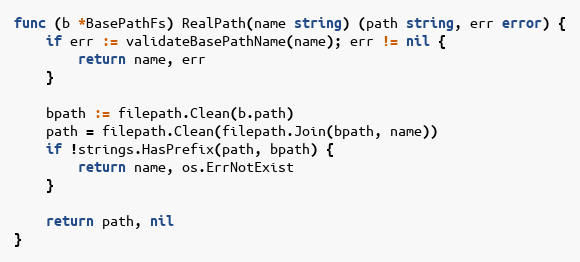
Language: Go
func (b *BasePathFs) RealPath(name string) (path string, err error) {
	if err := validateBasePathName(name); err != nil {
		return name, err
	}

	bpath := filepath.Clean(b.path)
	path = filepath.Clean(filepath.Join(bpath, name))
	if !strings.HasPrefix(path, bpath) {
		return name, os.ErrNotExist
	}

	return path, nil
}